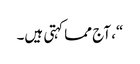
“، آج مما کہتی ہیں۔